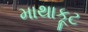
માથાકૂટ